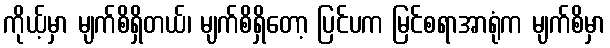
ကိုယ့်မှာ မျက်စိရှိတယ်၊ မျက်စိရှိတော့ ပြင်ပက မြင်စရာအာရုံက မျက်စိမှာ